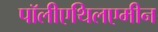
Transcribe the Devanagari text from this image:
पॉलीएथिलएमीन